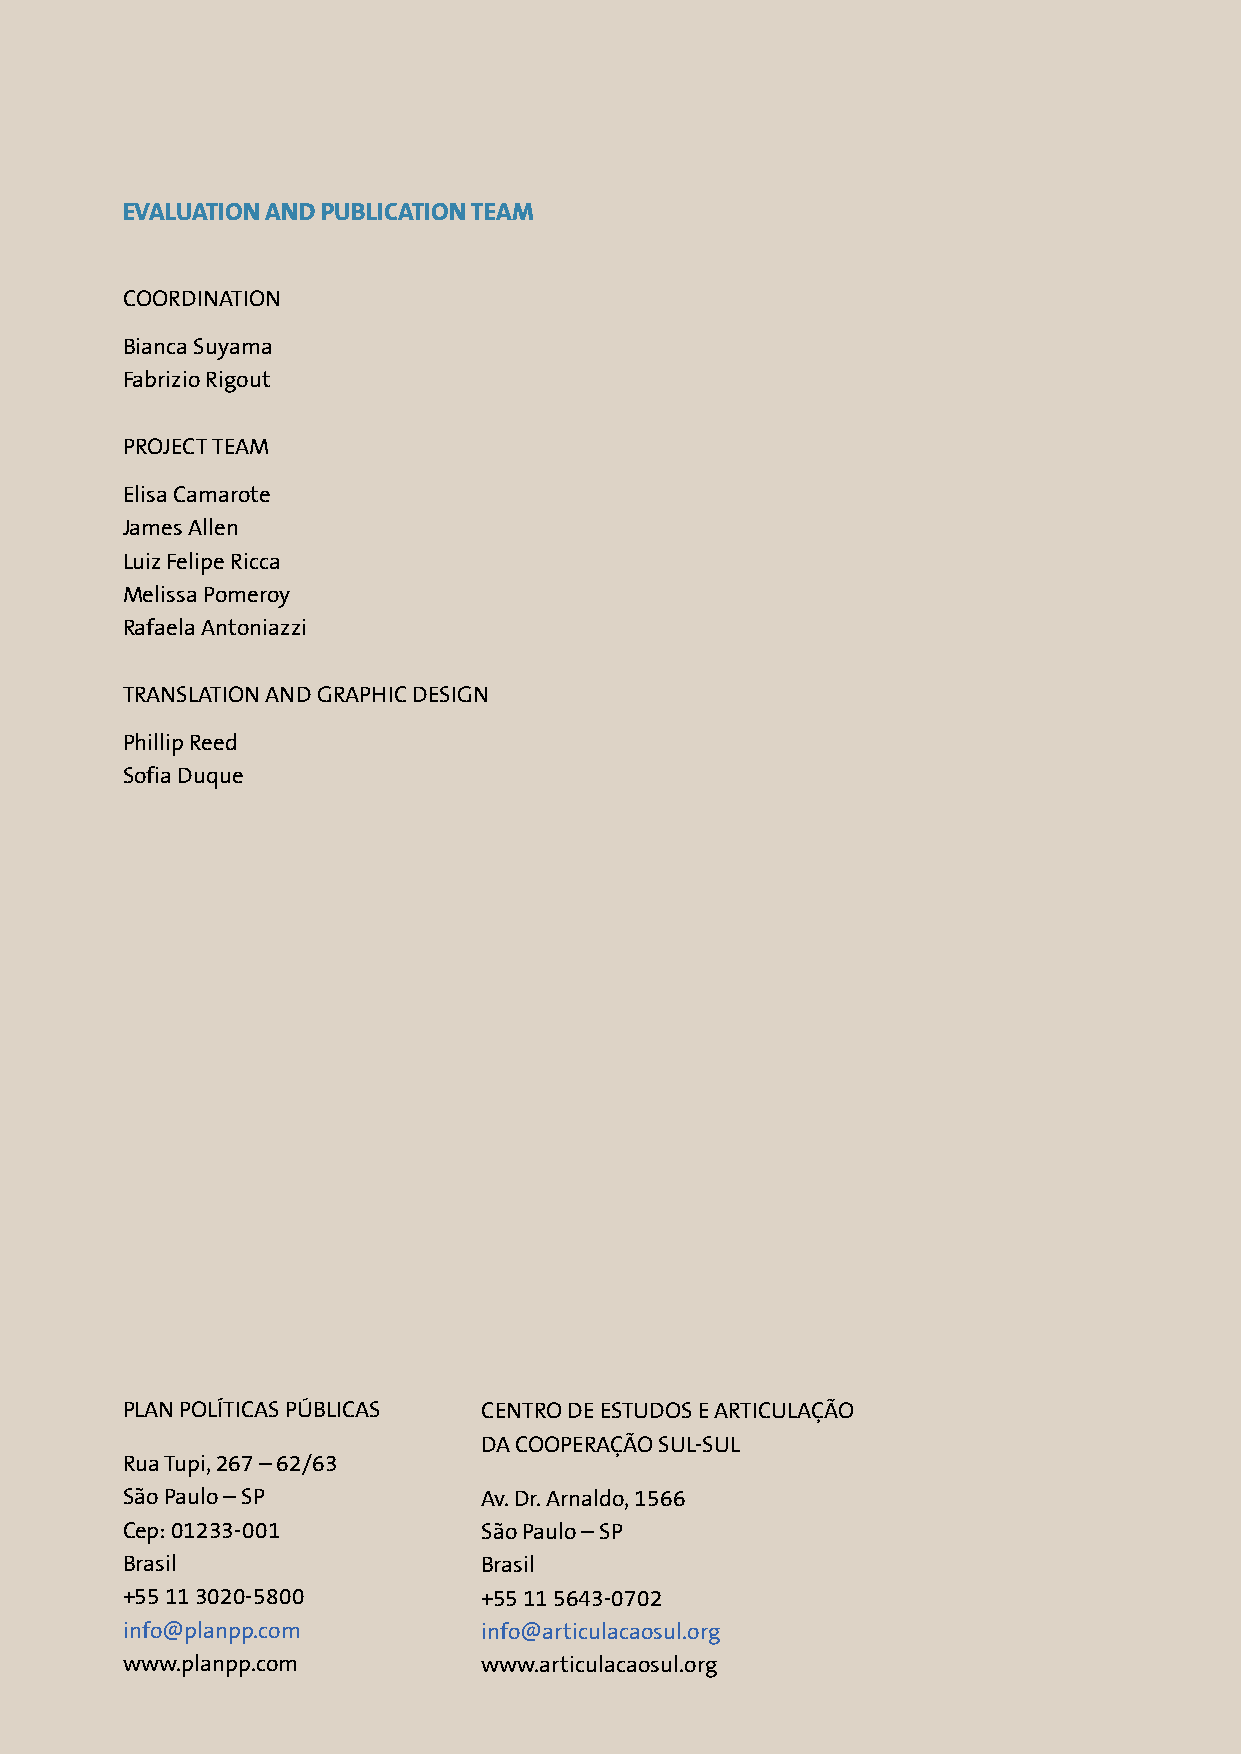
EVALUATION AND PUBLICATION TEAM
 COORDINATION
 Bianca Suyama
 Fabrizio Rigout
 PROJECT TEAM
 Elisa Camarote
 James Allen
 Luiz Felipe Ricca
 Melissa Pomeroy
 Rafaela Antoniazzi
 TRANSLATION AND GRAPHIC DESIGN
 Phillip Reed
 Sofia Duque
 PLAN POLÍTICAS PÚBLICAS CENTRO DE ESTUDOS E ARTICULAÇÃO
 DA COOPERAÇÃO SUL-SUL
 Rua Tupi, 267 – 62/63
 São Paulo – SP          Av. Dr. Arnaldo, 1566
 Cep: 01233-001          São Paulo – SP
 Brasil                  Brasil
 +55 11 3020-5800        +55 11 5643-0702
 info@planpp.com         info@articulacaosul.org
 www.planpp.com          www.articulacaosul.org